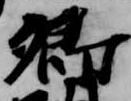
卿